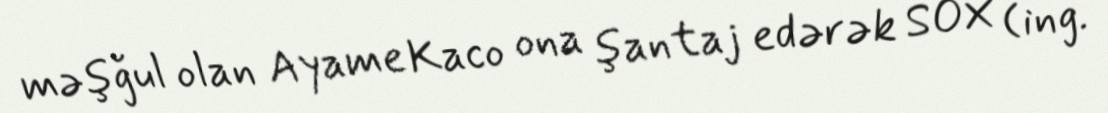
məşğul olan Ayame Kaco ona şantaj edərək SOX (ing.